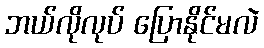
ဘယ်လိုလုပ် ပြောနိုင်မလဲ